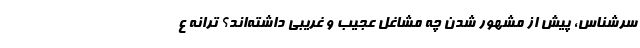
سرشناس، پیش از مشهور شدن چه مشاغل عجیب و غریبی داشته‌اند؟ ترانه ع